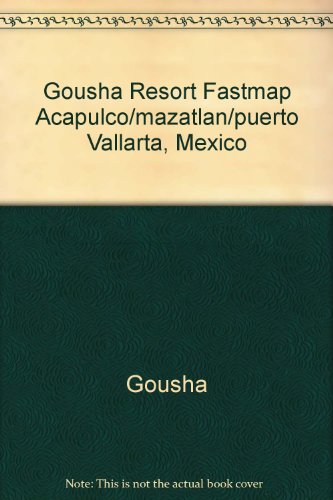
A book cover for Gousha Resort Fastmap Acapulco/Mazatlan/Puerto Vallarta, Mexico; Gousha; Travel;